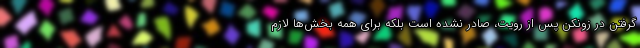
گرفتن در زونکن پس از رویت، صادر نشده است بلکه برای همه بخش‌ها لازم